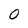
Character: 0